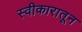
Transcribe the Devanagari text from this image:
स्वीकारातून